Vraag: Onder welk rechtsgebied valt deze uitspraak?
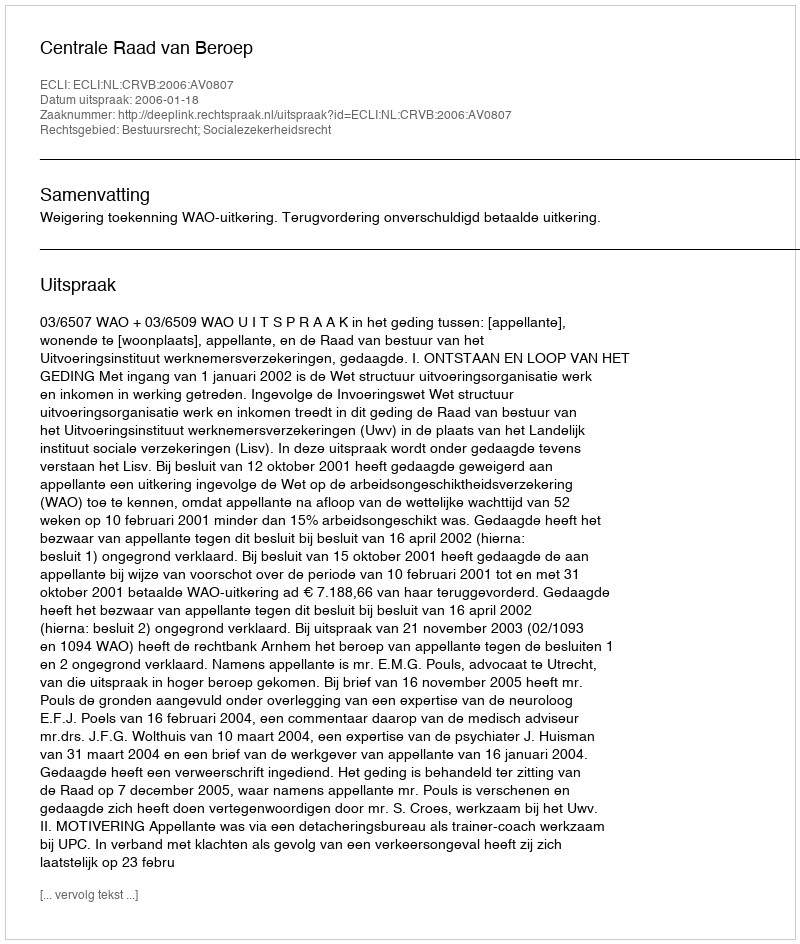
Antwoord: Bestuursrecht; Socialezekerheidsrecht